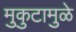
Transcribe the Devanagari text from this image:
मुकुटामुळे